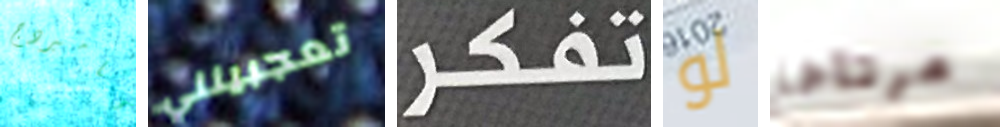
كامبردج تعجبينني تفكر لو مرتاحا